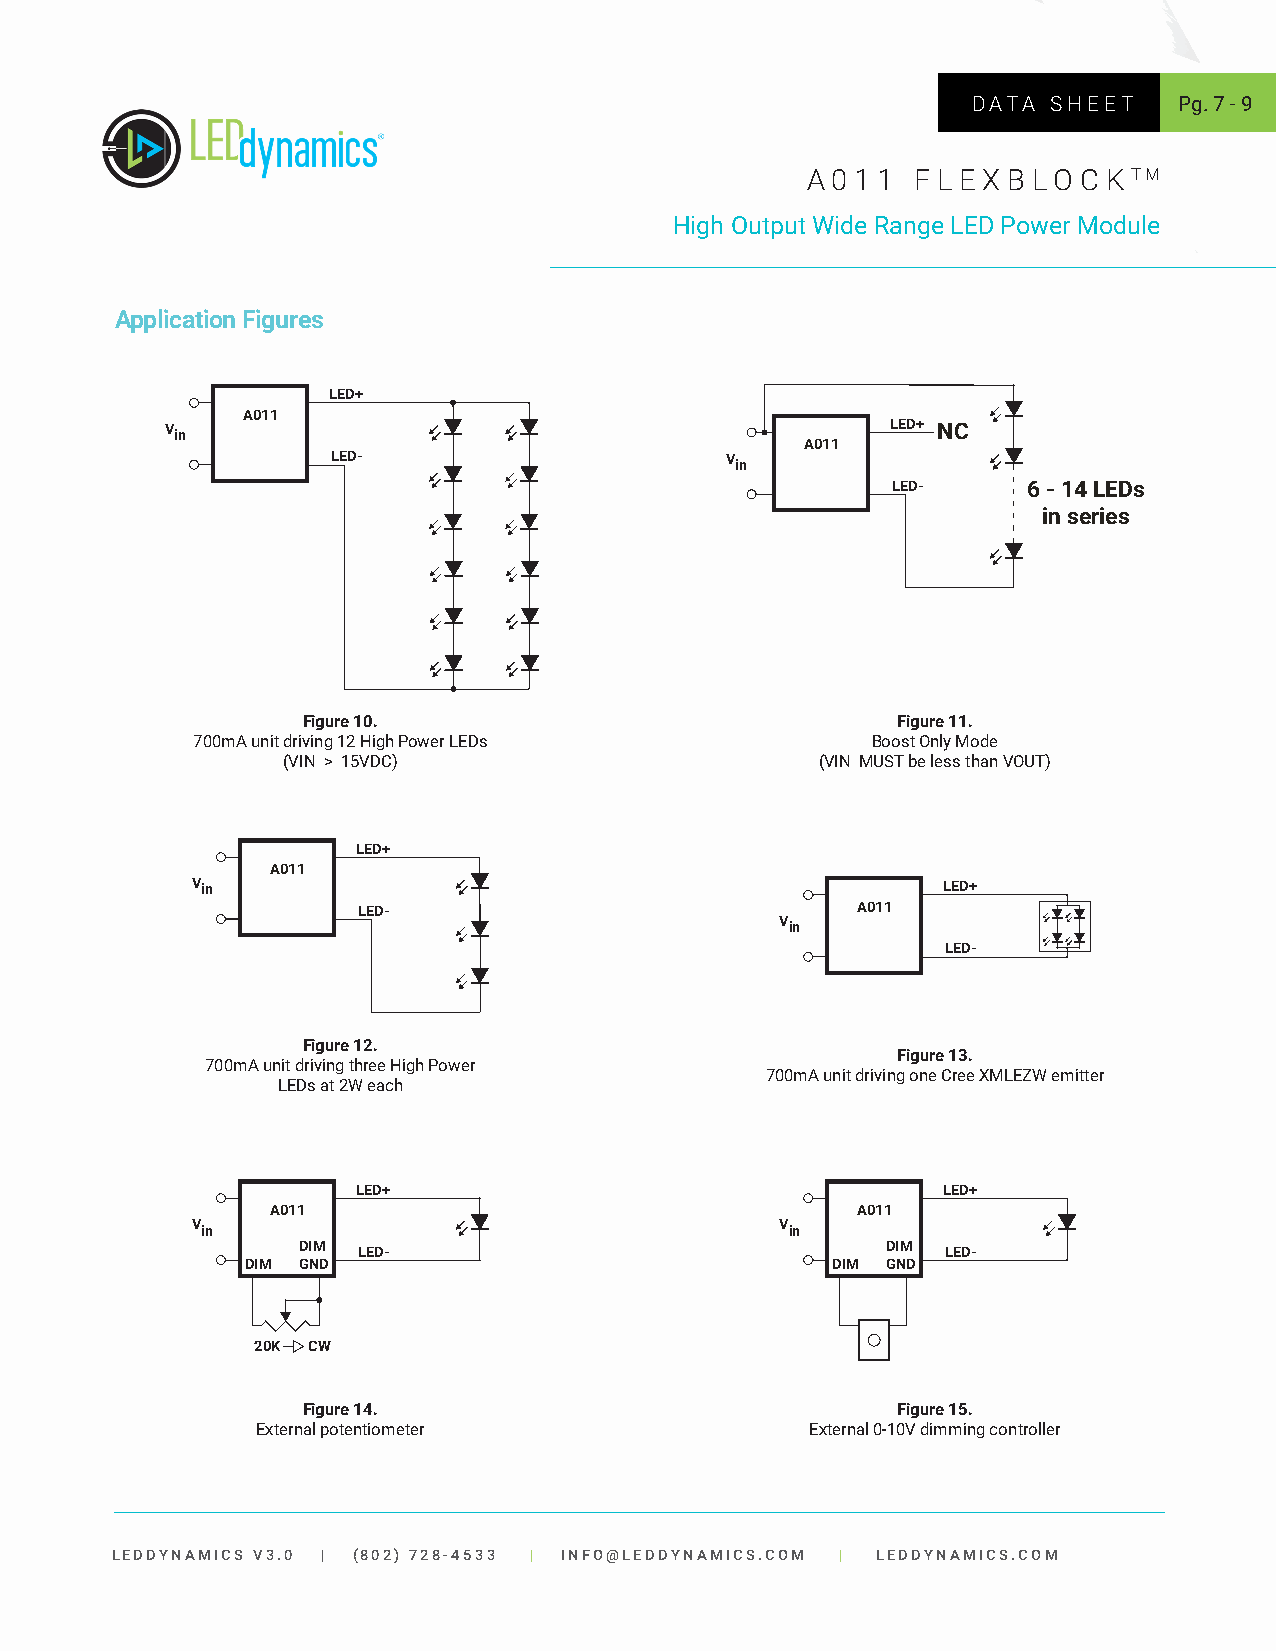
DATA  SHEET   Pg. 7 - 9
 A 0 1 1 F L E X B LO C K TM
 High Output Wide Range LED Power Module
 Application Figures
 LED+
 A011
 V                                               LED+ NC
 in
 A011
 LED-                      V
 in
 LED-     6 - 14 LEDs
 in series
 Figure 10.                             Figure 11.
 700mA unit driving 12 High Power LEDs        Boost Only Mode
 (VIN > 15VDC)                      (VIN MUST be less than VOUT)
 LED+
 A011
 V in                                             LED+
 LED-                             A011
 V
 in
 LED-
 Figure 12.
 Figure 13.
 700mA unit driving three High Power
 700mA unit driving one Cree XMLEZW emitter
 LEDs at 2W each
 LED+                                  LED+
 A011                                   A011
 V                                      V
 in                                     in
 DIM LED-                               DIM LED-
 DIM GND                                DIM GND
 20K CW
 Figure 14.                             Figure 15.
 External potentiometer               External 0-10V dimming controller
 LEDDYNAMICS V3.0 | (802) 728-4533 | INFO@LEDDYNAMICS.COM | LEDDYNAMICS.COM